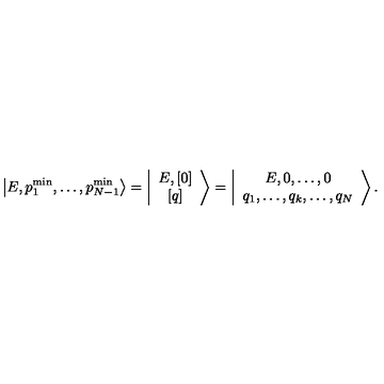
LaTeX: \left\vert E , p _ { 1 } ^ { \mathrm { m i n } } , \ldots , p _ { N - 1 } ^ { \mathrm { m i n } } \right> = \left\vert \begin{array} { c } { E , \left[ 0 \right] } \\ { \left[ q \right] } \\ \end{array} \right> = \left\vert \begin{array} { c } { E , 0 , \ldots , 0 } \\ { q _ { 1 } , \ldots , q _ { k } , \ldots , q _ { N } } \\ \end{array} \right> .